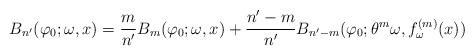
LaTeX: \begin{align*}B_{n^\prime } (\varphi _0;\omega,x) = \frac{m}{n^\prime } B_m(\varphi _0; \omega , x) +\frac{n^\prime -m}{n^\prime} B_{n^\prime -m}(\varphi _0; \theta ^m \omega , f^{(m)}_\omega (x))\end{align*}